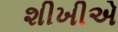
શીખીએ